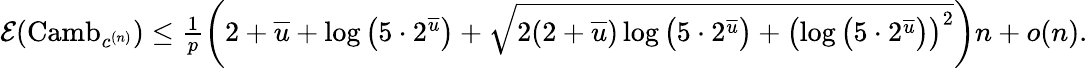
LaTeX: \begin{array}{r}{\mathcal E(\mathrm{Camb}_{c^{(n)}})\leq\frac{1}{p}\left(2+\overline{{u}}+\log\left(5\cdot 2^{\overline{{u}}}\right)+\sqrt{2(2+\overline{{u}})\log\left(5\cdot 2^{\overline{{u}}}\right)+\left(\log\left(5\cdot 2^{\overline{{u}}}\right)\right)^{2}}\right)n+o(n).}\end{array}